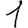
Digit: 1